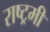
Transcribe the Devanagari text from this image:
राष्ट्रमी